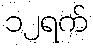
၁၂ရက်